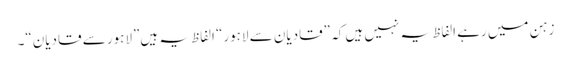
زہن میں رہے الفاظ یہ نہیں ہیں کہ ”قادیان سے لاہور“ الفاظ یہ ہیں”لاہور سے قادیان“۔